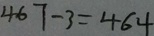
4 6 7 - 3 = 4 6 4